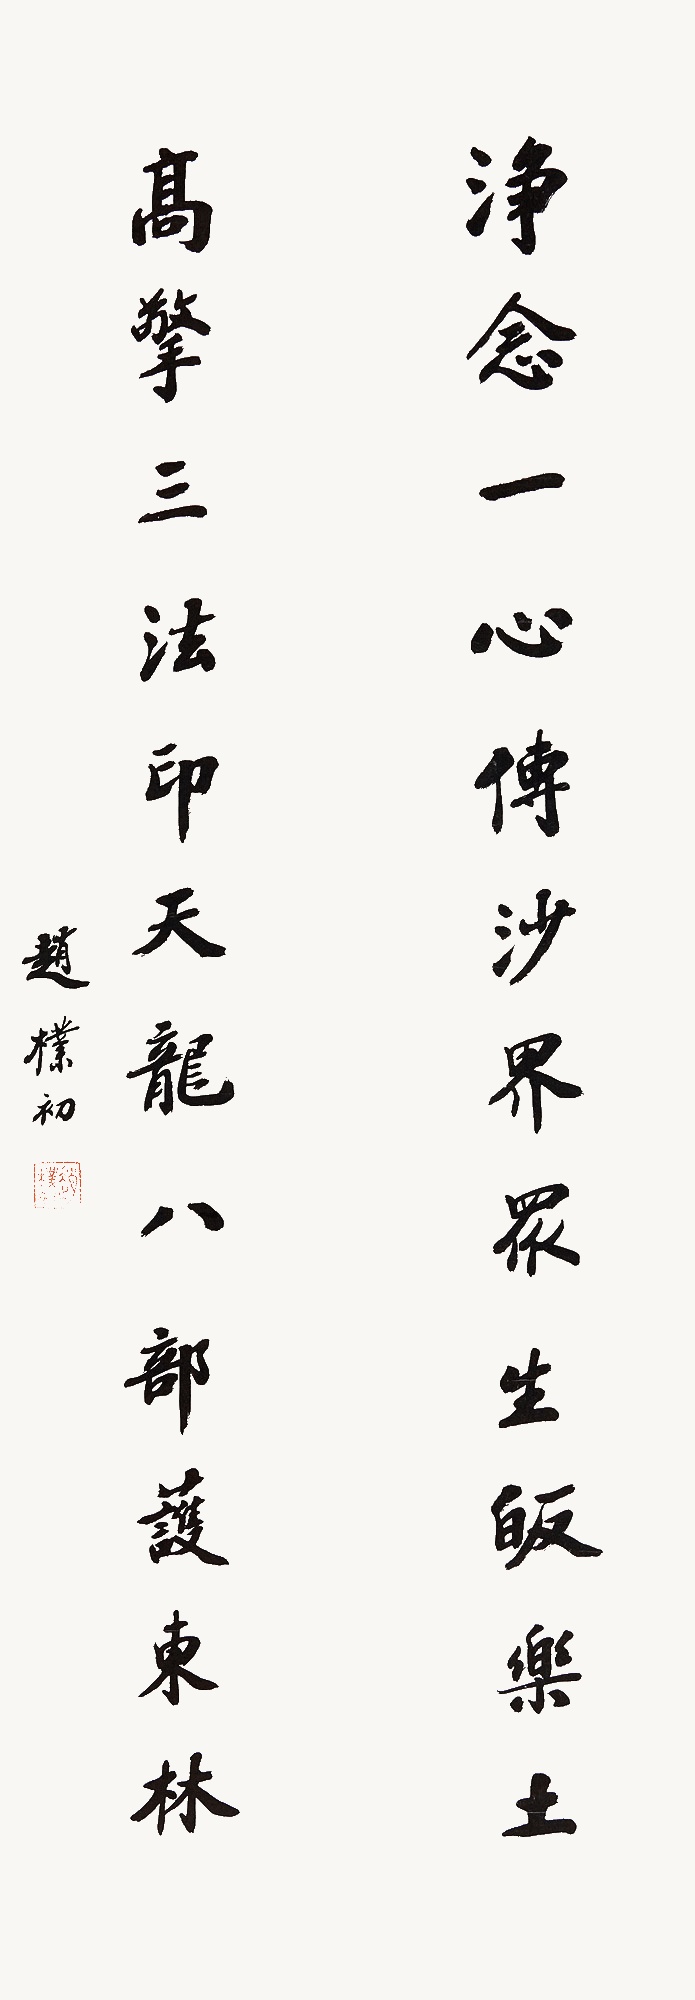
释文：净念一心传沙界众生皈乐土，高擎三法印天龙八部护东林。赵朴初。